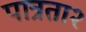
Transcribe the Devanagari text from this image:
पात्रता२